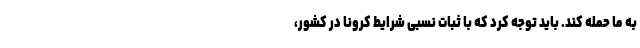
به ما حمله کند. باید توجه کرد که با ثبات نسبی شرایط کرونا در کشور،